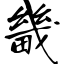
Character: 畿